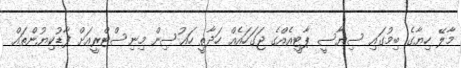
މާލޭ ހިޔާގެ ބިމުގައި ސިޔާސީ ޕާޓީއެއްގެ ޖަގަހައެއް ހަދާތީ ހައުސިން މިނިސްޓްރީއަށް ފާޑުކިޔުންތައް